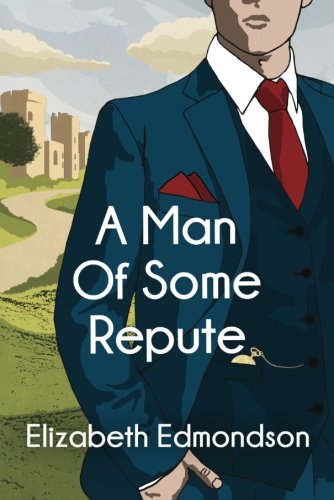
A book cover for A Man of Some Repute (A Very English Mystery); Elizabeth Edmondson; Mystery, Thriller & Suspense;